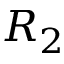
R _ { 2 }